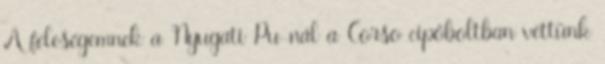
A feleségemnek a Nyugati Pu-nál a Corso cipőboltban vettünk